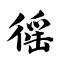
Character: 徭